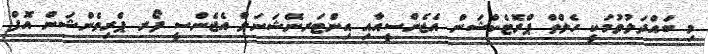
މި ބައްދަލުވުމަކީ ހެލްތް ޕްރޮޓެކްޝަން އެޖެންސީއާއި އިންޓަރނޭޝަނަލް އެޖެންސީ ފޯރ ޕްރިވެންޝަން އޮފް